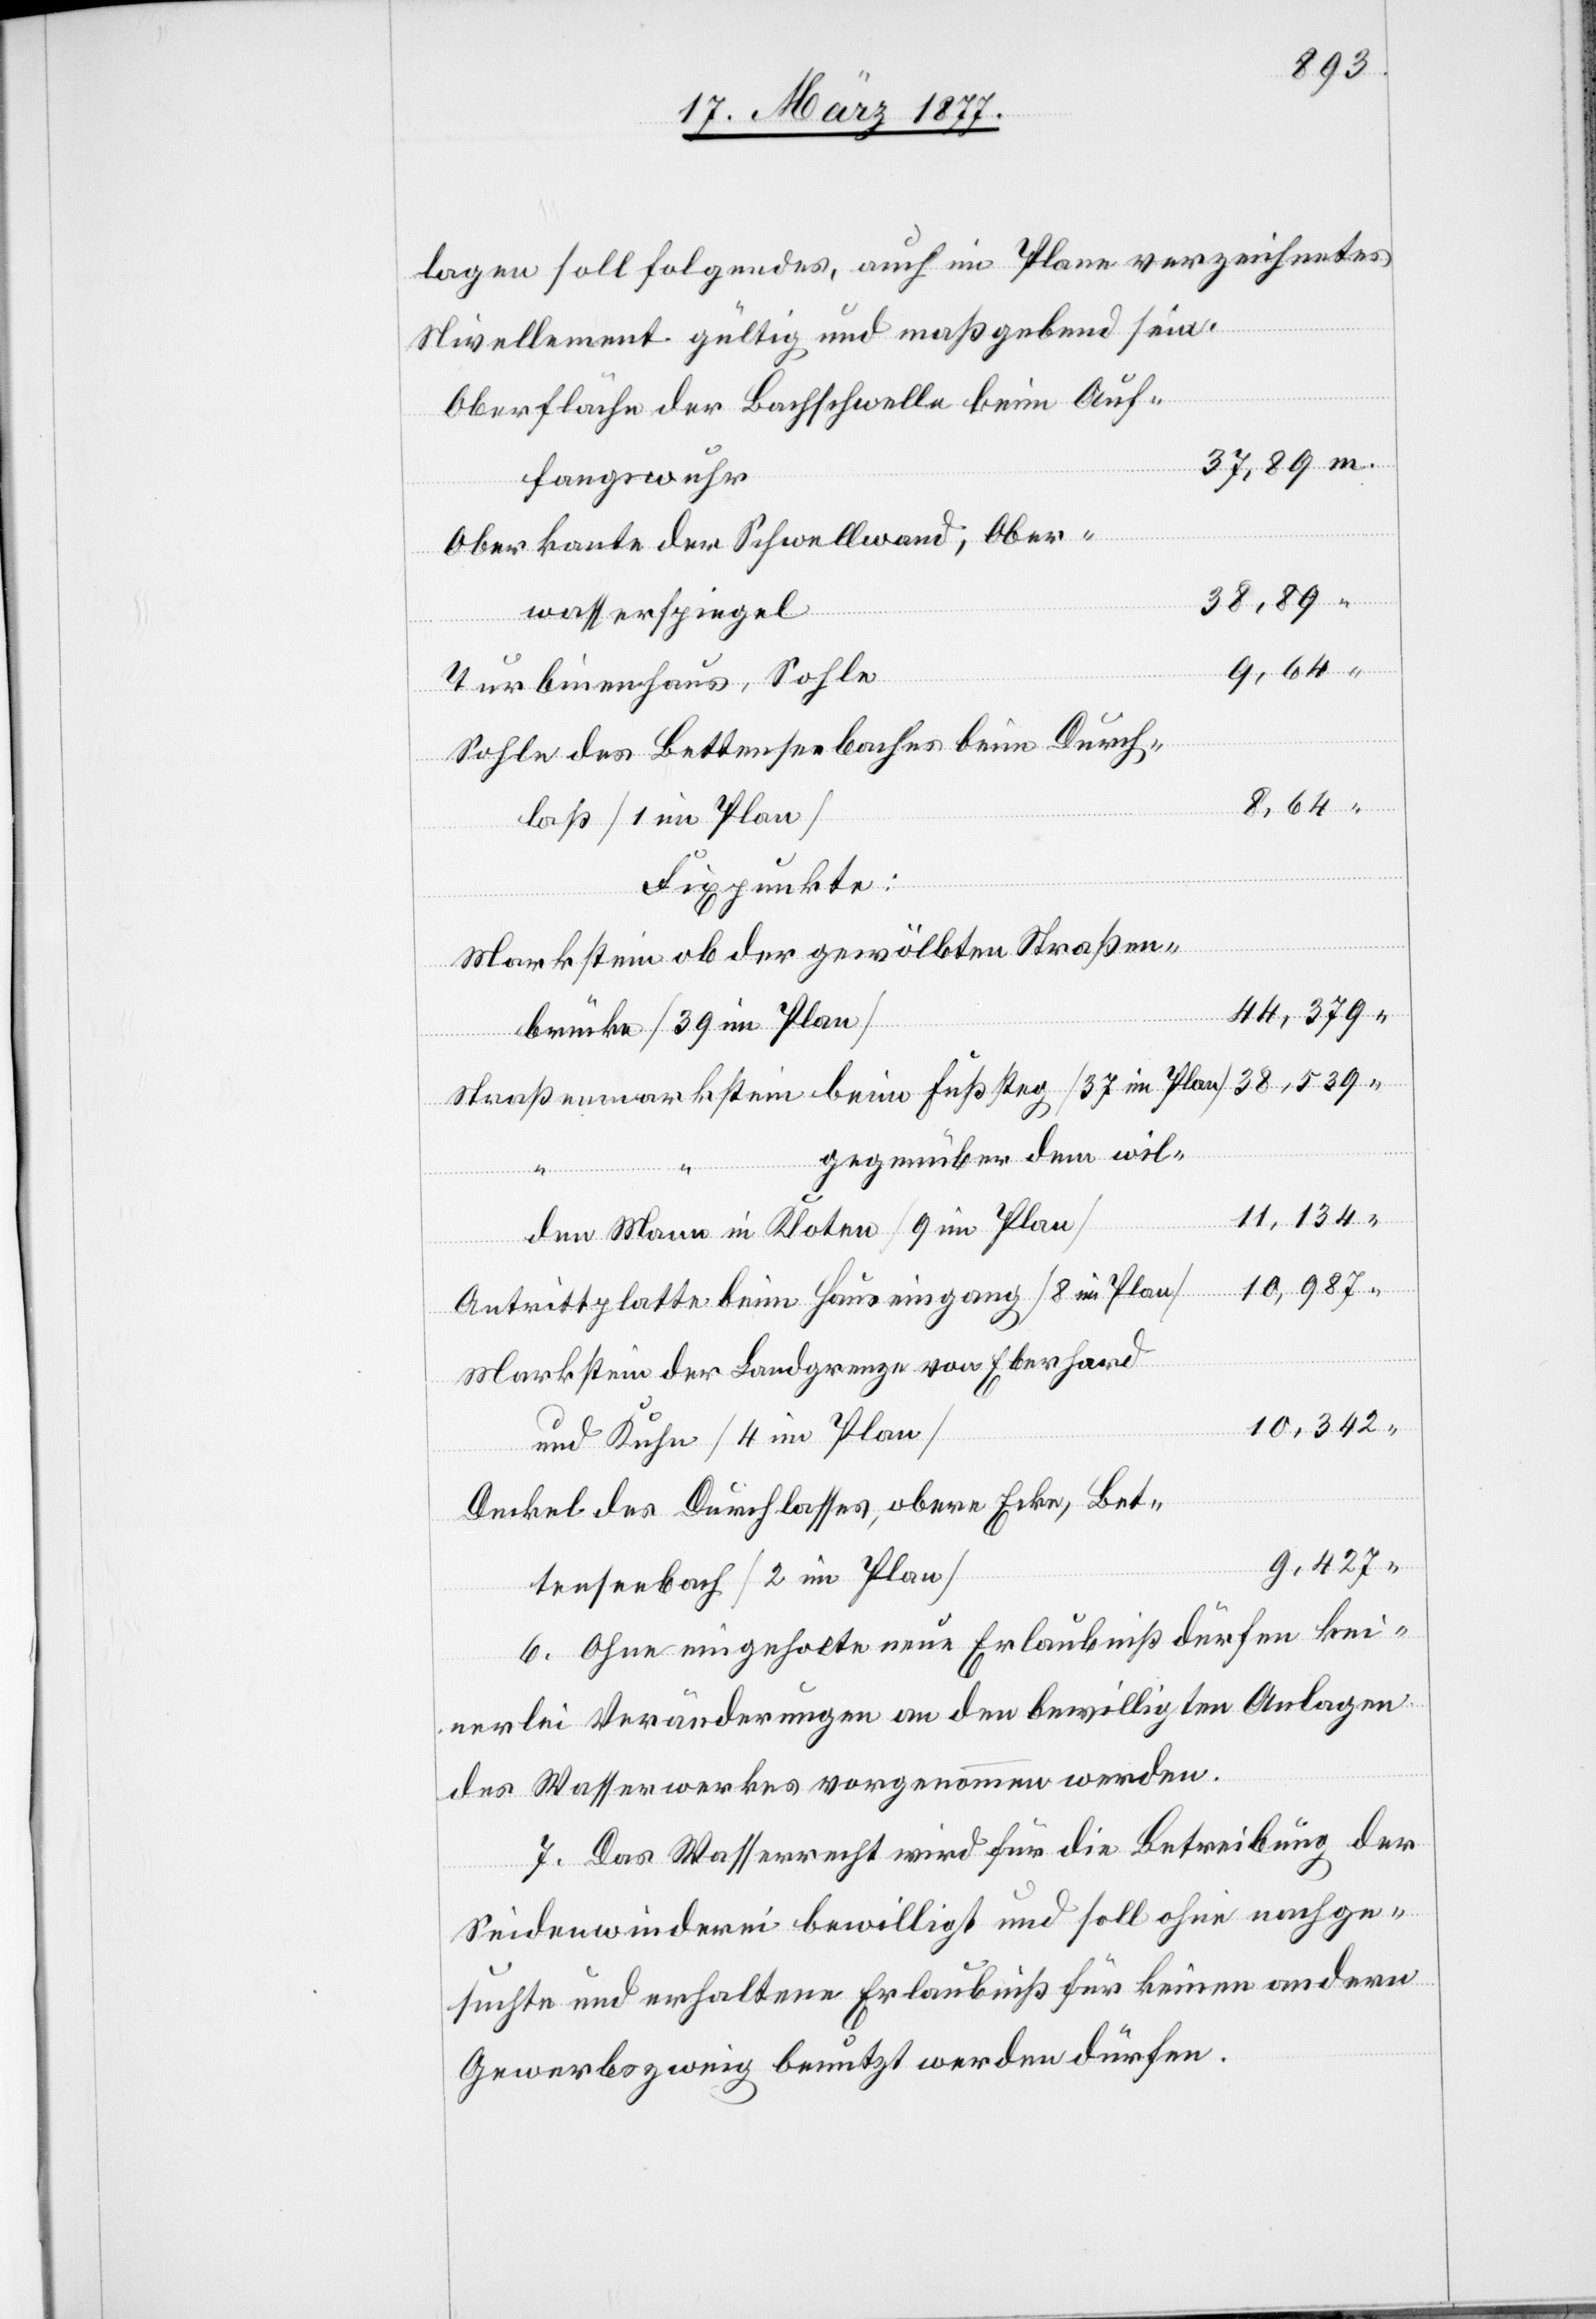
lagen soll folgendes, auch im Plane verzeichnetes
Nivellement gültig und maßgebend sein:
Oberfläche der Bachschwelle beim Auf¬
fangswuhr
Oberkante der Schwellwand, Ober¬
38,539
wasserspiegel
Turbinenhaus, Sohle
Sohle des Bettenseebaches beim Durch¬
laß [1 im Plan]
Fixpunkte:
Markstein ob der gewölbten Straßen¬
44,379
“
brücke [39 im Plan]
Straßenmarkstein beim Fußsteg [37 im Plan]
gegenüber dem wil¬
m.
11,134
den Mann in Kloten [9 im Plan]
10,987
Antrittplatte beim Hauseingang [8 im Plan]
Markstein der Landgrenze von Eberhard
10,342
und Kuhn [4 im Plan]
Deckel des Durchlasses, obere Ecke, Bet¬
tenseebach [2 im Plan]
6. Ohne eingeholte neue Erlaubniß dürfen kei¬
nerlei Veränderungen an den bewilligten Anlagen
des Wasserwerkes vorgenommen werden.
7. Das Wasserrecht wird für die Betreibung der
Seidenwinderei bewilligt und soll ohne nachge¬
suchte und erhaltene Erlaubniß für keinen andern
Gewerbszweig benutzt werden dürfen.